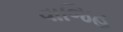
વાજિહ